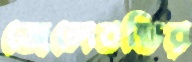
জেলেবস্তির